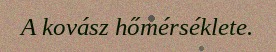
A kovász hőmérséklete.